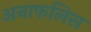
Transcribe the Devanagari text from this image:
अनाफलिस